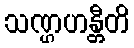
သဏ္ဌဟန္တီတိ